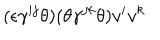
LaTeX: ( \epsilon \gamma ^ { i j } \theta ) ( \theta \gamma ^ { j k } \theta ) v ^ { i } v ^ { k }